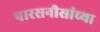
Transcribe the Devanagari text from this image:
पारसनीसांच्या